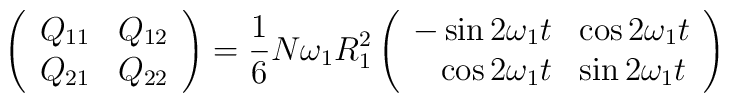
\left( \begin{array}{rl} Q_{11} & Q_{12}\\ Q_{21} & Q_{22} \end{array} \right) =  \frac{1}{6} N \omega_1 R_1^2 \left( \begin{array}{rl} -\sin 2\omega_1 t & \cos  2 \omega_1 t\\\cos 2\omega_1 t & \sin 2 \omega_1 t \end{array} \right)